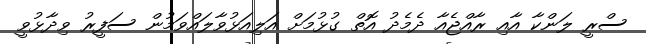
ސްރީ ލަންކާ އާއި ރާއްޖެއާ ދެމެދު އޮތް ގުޅުމަށް އަލިއަޅުވާލައްވަމުން ސަފީރު ވިދާޅުވީ